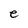
Character: e